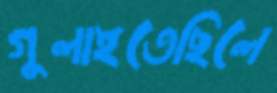
গুলাইতেছিলে